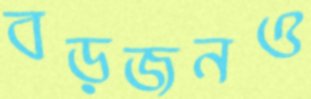
বড়জনও